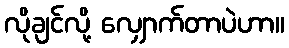
လိုချင်လို့ လျှောက်တာပဲဟာ။